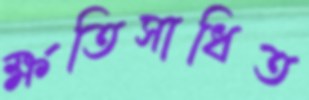
ক্ষতিসাধিত